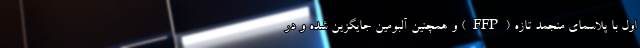
اول با پلاسمای منجمد تازه (FFP) و همچنین آلبومین جایگزین شده و در